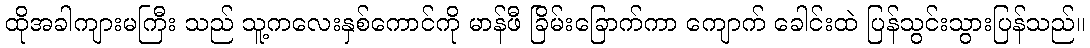
ထိုအခါကျားမကြီး သည် သူ့ကလေးနှစ်ကောင်ကို မာန်ဖီ ခြိမ်းခြောက်ကာ ကျောက် ခေါင်းထဲ ပြန်သွင်းသွားပြန်သည်။